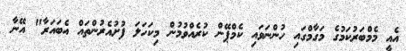
އެއީ މެމްބަރުކަމުގެ މަގާމްގައި ހުންނަވައި ކެމްޕޭން ކުރެއްވުމުން މިކަހަލަ ފުށުއެރުންތައް އެބައަރާ" އޭނާ